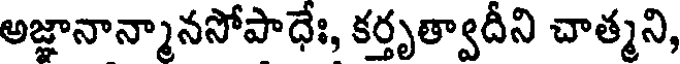
అజ్ఞానాన్మానసోపాధేః, కర్తృత్వాదీని చాత్మని,